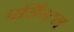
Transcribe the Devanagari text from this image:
एर्डिंग्टन